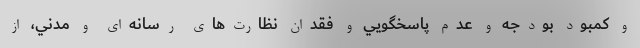
و كمبود بودجه و عدم پاسخگويي و فقدان نظارت‌هاي رسانه‌اي و مدني، از